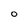
Character: O